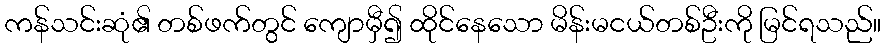
ကန်သင်းဆုံ၏ တစ်ဖက်တွင် ကျောမှီ၍ ထိုင်နေသော မိန်းမငယ်တစ်ဦးကို မြင်ရသည်။